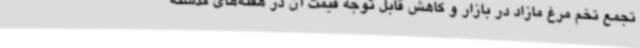
تجمع تخم مرغ مازاد در بازار و کاهش قابل توجه قیمت آن در هفته‌های گذشته